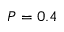
P = 0 . 4